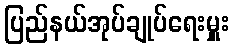
ပြည်နယ်အုပ်ချုပ်ရေးမှူး